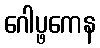
ဂေါပ္ဖကေန